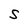
Character: S